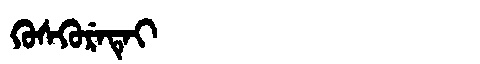
Manchu: ᡴᡠᠰᡴᡠᡵᡝᡨᡝᡳ
Romanization: KUSKURETEI